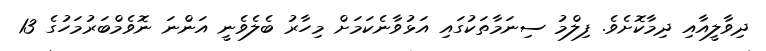
ދިވާލީއާއި ދިމާކޮށެވެ. ފިލްމު ސިނަމާތަކުގައި އަޅުވާނެކަމަށް މިހާރު ބެލެވެނީ އަންނަ ނޮވެމްބަރުމަހުގެ 13